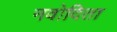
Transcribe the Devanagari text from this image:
नवोदिता